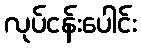
လုပ်ငန်းပေါင်း